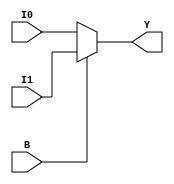
`timescale 1ns / 1ps
//////////////////////////////////////////////////////////////////////////////////
// Company: 
// Engineer: 
// 
// Design Name: 
// Module Name: mux1
// Project Name: 
// Target Devices: 
// Tool Versions: 
// Description: 
// 
// Dependencies: 
// 
// Revision:
// Revision 0.01 - File Created
// Additional Comments:
// 
//////////////////////////////////////////////////////////////////////////////////


module mux1(
input [3:0] I0,
input [3:0] I1,
input B,
output reg [3:0] Y
    );
    always @(B)
    begin
    if (B==0)
     Y = I0[3:0];
    else 
     Y = I1[3:0];
 end
endmodule